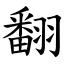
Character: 翻